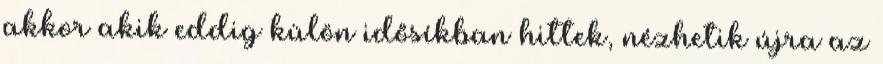
akkor akik eddig külön idősíkban hittek, nézhetik újra az